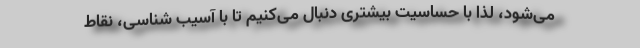
می‌شود، لذا با حساسیت بیشتری دنبال می‌کنیم تا با آسیب شناسی، نقاط